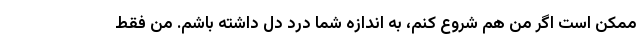
ممکن است اگر من هم شروع کنم، به اندازه شما درد دل داشته باشم. من فقط